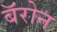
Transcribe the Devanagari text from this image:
बॅरोन